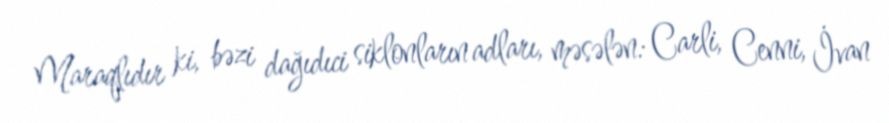
Maraqlıdır ki, bəzi dağıdıci siklonların adları, məsələn: Carli, Cenni, İvan